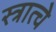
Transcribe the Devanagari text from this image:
स्त्रात्चे